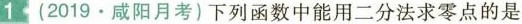
1 (2019·咸阳月考)下列函数中能用二分法求零点的是